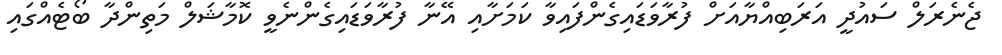
ޖެނެރަލް ސައުދީ އަރަބިއްޔާއަށް ފުރާވަޑައިގެންފައިވާ ކަމަށާއި އޭނާ ފުރާވަޑައިގެންނެވީ ކޮމާޝަލް މަތިންދާ ބޯޓެއްގައި